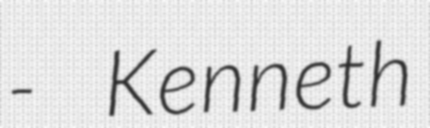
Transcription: - Kenneth